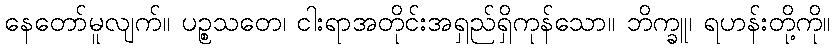
နေတော်မူလျက်။ ပဉ္စသတေ၊ ငါးရာအတိုင်းအရှည်ရှိကုန်သော။ ဘိက္ခူ၊ ရဟန်းတို့ကို။